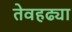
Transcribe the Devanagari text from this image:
तेवहढ्या